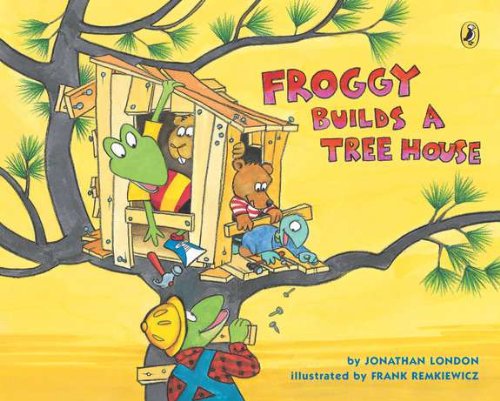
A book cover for Froggy Builds a Tree House; Jonathan London; Children's Books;